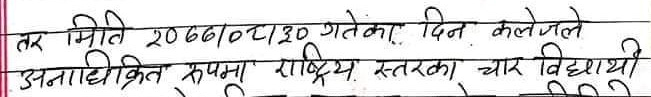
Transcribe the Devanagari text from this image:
तर मिति 2066/0८/३० गतेका दिन कलेजले
अनौपचारिक रुपमा राष्ट्रिय स्तरका चार विद्यार्थी